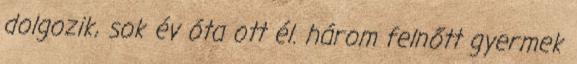
dolgozik, sok év óta ott él. három felnőtt gyermek